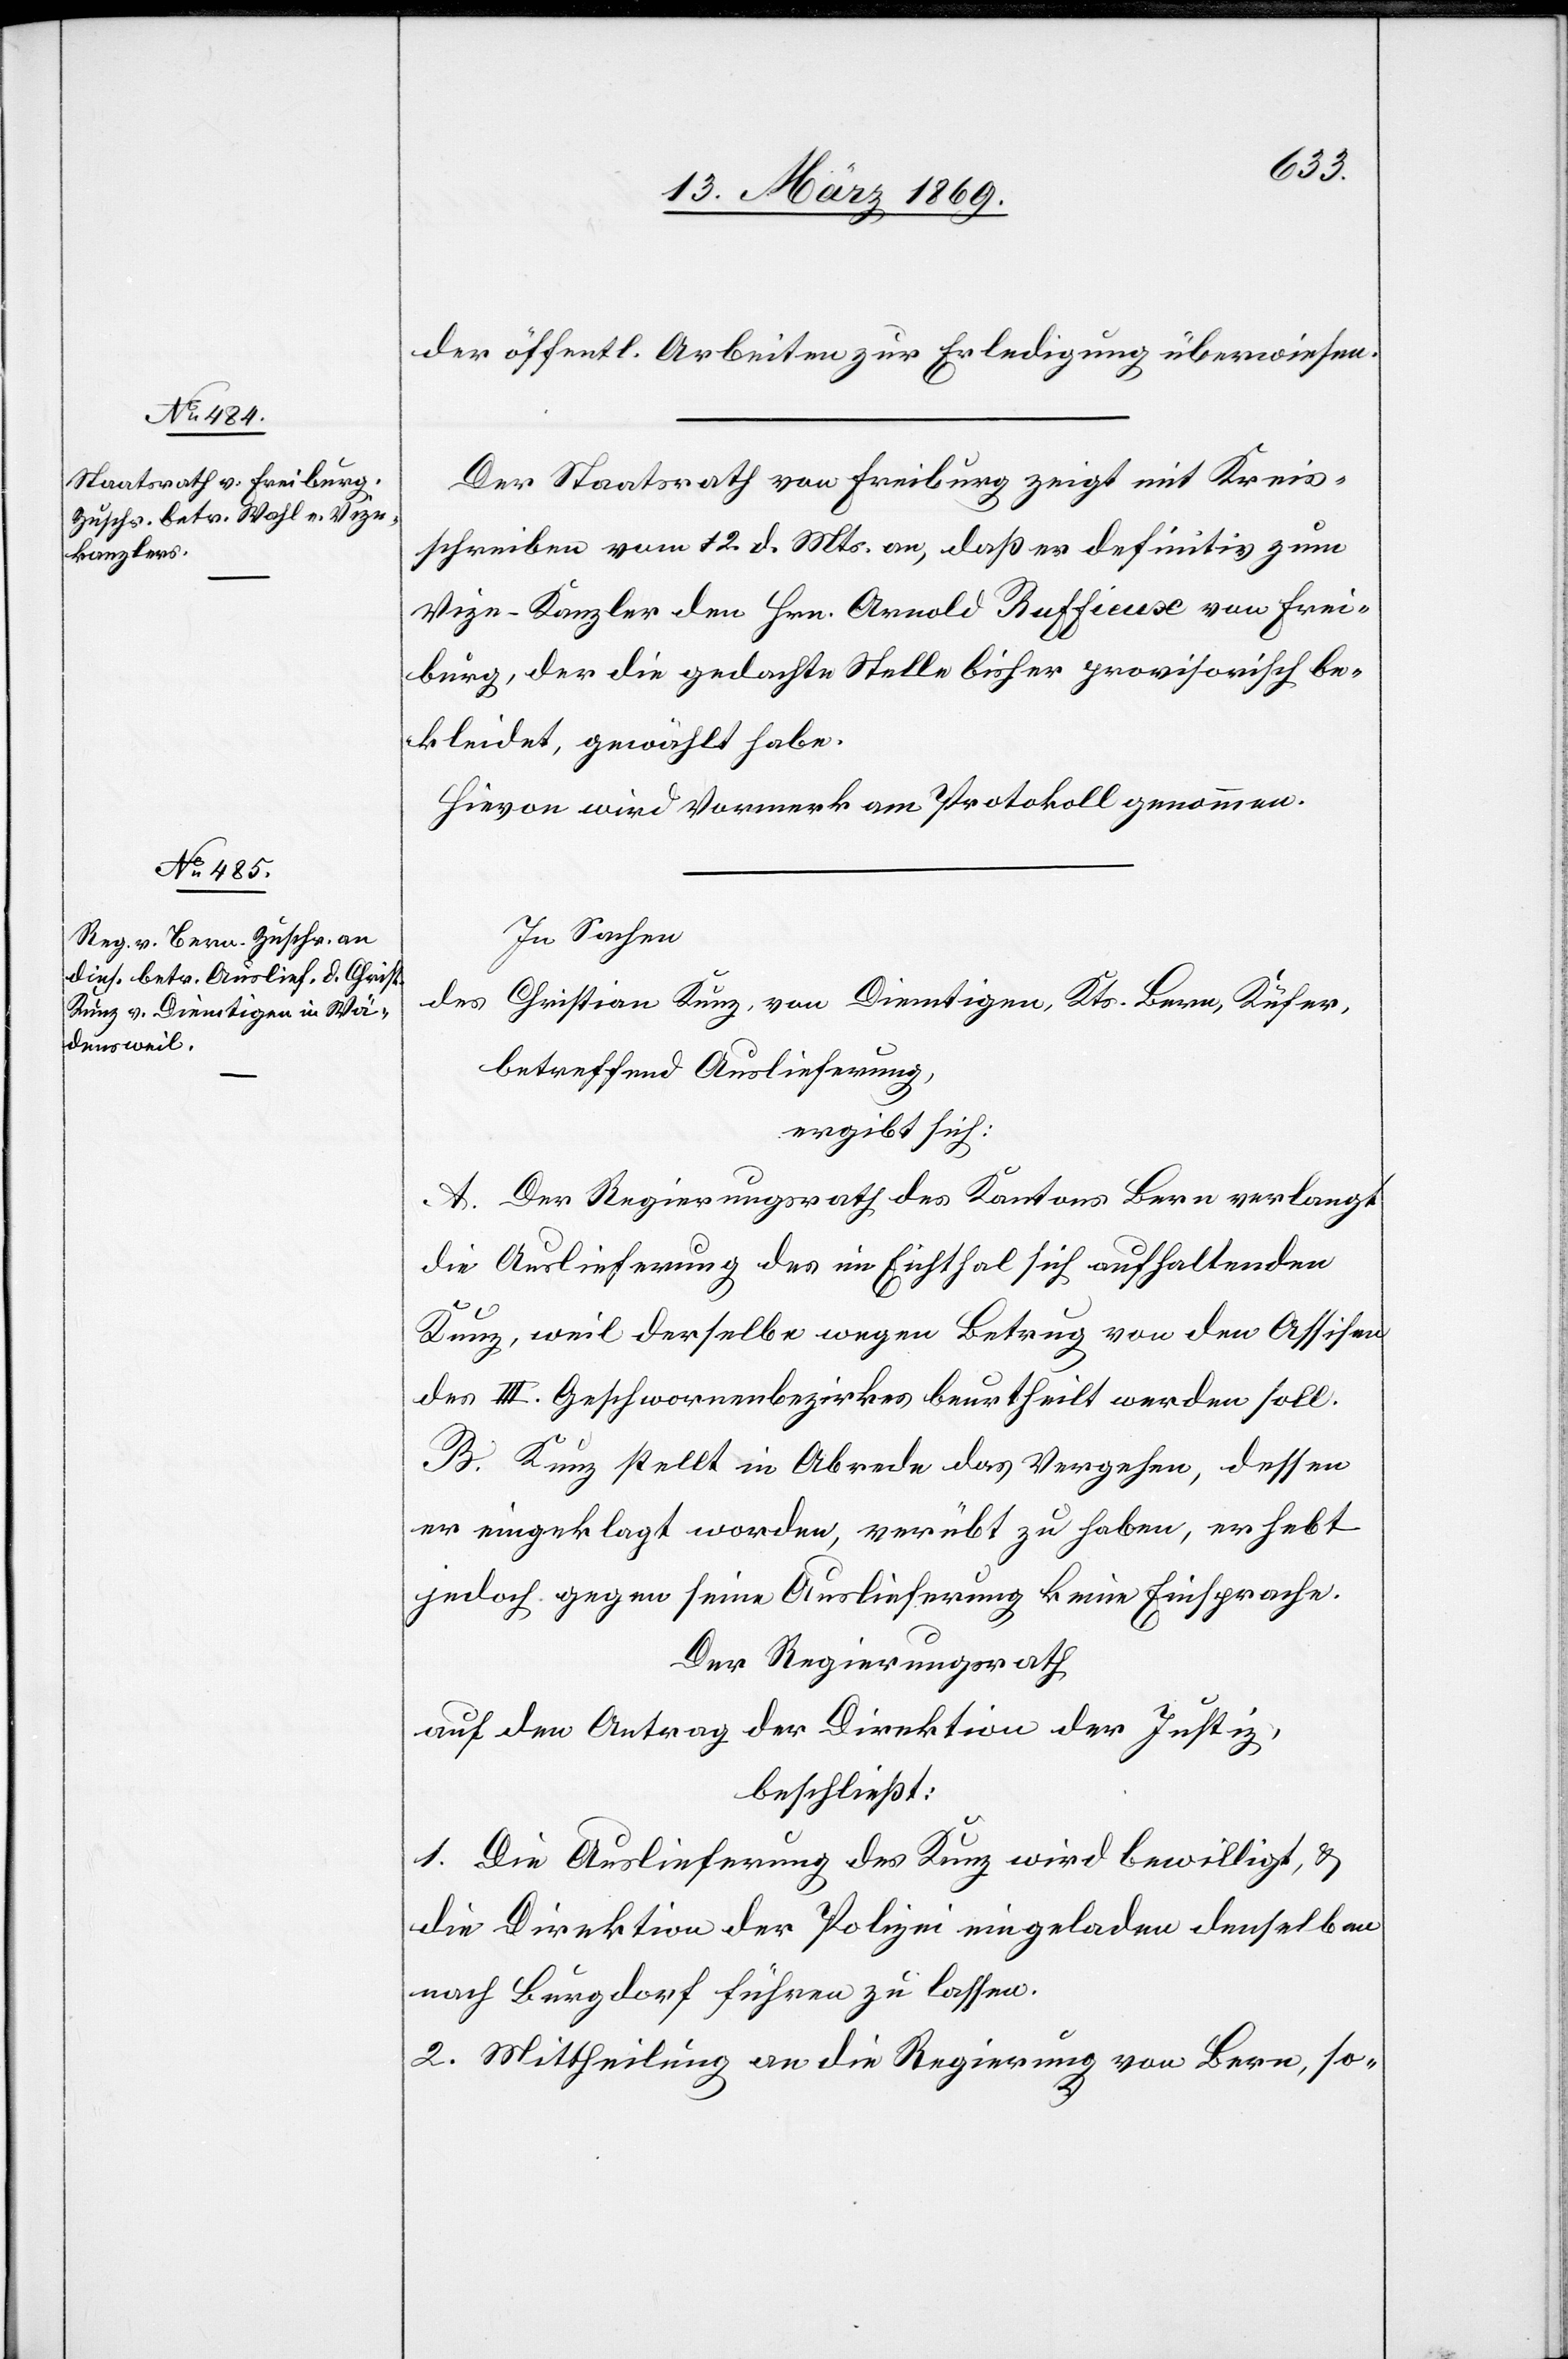
19. März 1869.]
der öffentl. Arbeiten zur Erledigung überwiesen.
Der Staatsrath von Freiburg zeigt mit Kreis¬
schreiben vom 12. d. Mts. an, daß er definitiv zum
Vize-Kanzler den Hrn. Arnold Ruffieux von Frei¬
burg, der die gedachte Stelle bisher provisorisch be¬
kleidet, gewählt habe.
Hievon wird Vormerk am Protokoll genommen.
In Sachen
des Christian Kunz, von Diemtigen, Kts. Bern, Käser,
betreffend Auslieferung,
ergibt sich:
A. Der Regierungsrath des Kantons Bern verlangt
die Auslieferung des im Eichthal sich aufhaltenden
Kunz, weil derselbe wegen Betrug von den Assifen
des III. Geschworenenbezirkes beurtheilt werden soll.
B. Kunz stellt in Abrede das Vergehen, dessen
er eingeklagt worden, verübt zu haben, erhebt
jedoch gegen seine Auslieferung keine Einsprache.
Der Regierungsrath
auf den Antrag der Direktion der Justiz,
beschließt:
1. Die Auslieferung des Kunz wird bewilligt, &
die Direktion der Polizei eingeladen denselben
nach Burgdorf führen zu lassen.
2. Mittheilung an die Regierung von Bern, so-